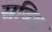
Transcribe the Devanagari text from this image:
स्रविष्ठ